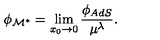
\phi _ { \cal M ^ { * } } = \lim _ { x _ { 0 } \to 0 } { \frac { \phi _ { A d S } } { \mu ^ { \lambda } } } .